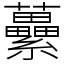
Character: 虆